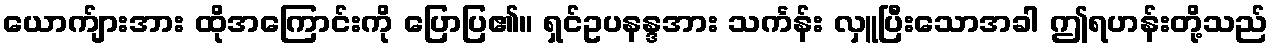
ယောက်ျားအား ထိုအကြောင်းကို ပြောပြ၏။ ရှင်ဥပနန္ဒအား သင်္ကန်း လှူပြီးသောအခါ ဤရဟန်းတို့သည်